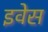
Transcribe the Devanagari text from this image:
इवेस